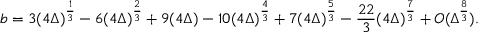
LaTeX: b = 3 ( 4 \Delta ) ^ { \frac { 1 } { 3 } } - 6 ( 4 \Delta ) ^ { \frac { 2 } { 3 } } + 9 ( 4 \Delta ) - 1 0 ( 4 \Delta ) ^ { \frac { 4 } { 3 } } + 7 ( 4 \Delta ) ^ { \frac { 5 } { 3 } } - \frac { 2 2 } { 3 } ( 4 \Delta ) ^ { \frac { 7 } { 3 } } + { \cal { O } } ( \Delta ^ { \frac { 8 } { 3 } } ) .